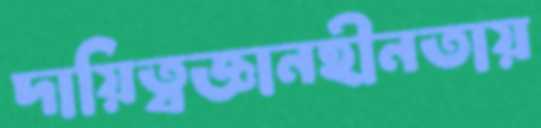
দায়িত্বজ্ঞানহীনতায়